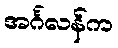
အင်္ဂလန်က